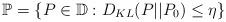
LaTeX: \begin{align*} \mathbb{P} = \left\{ P\in\mathbb{D}:D_{KL}(P||P_0)\leq \eta\right\} \end{align*}